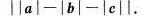
|a|-|b|-|c||